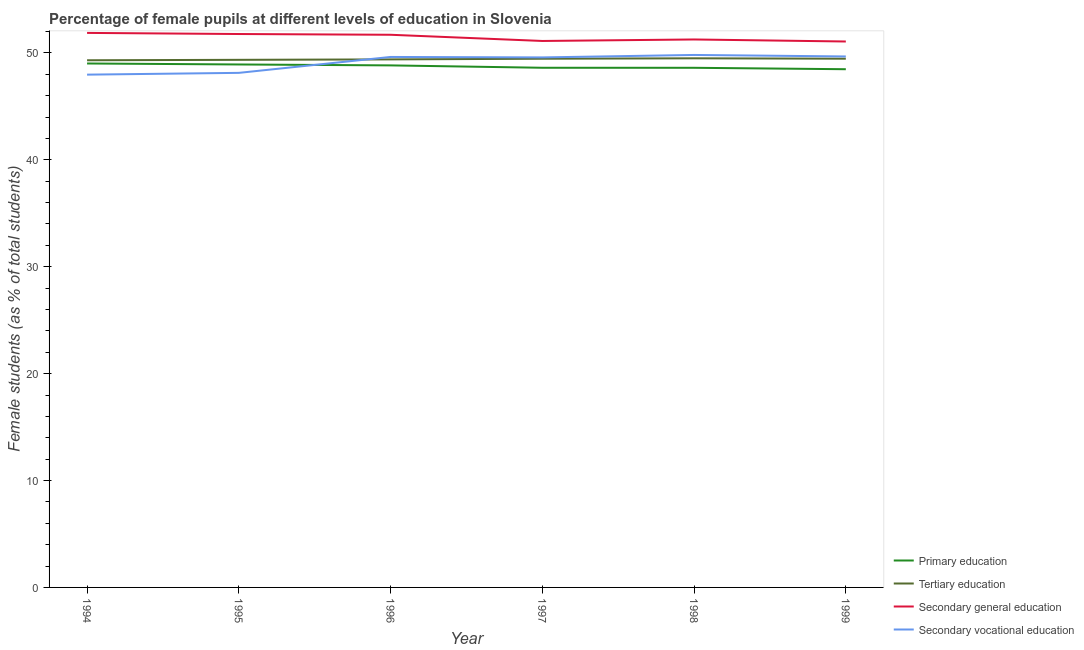
| Year | Primary education | Tertiary education | Secondary general education | Secondary vocational education |
 | --- | --- | --- | --- | --- |
 | 1994 | 49 | 49.3 | 51.9 | 48 |
 | 1995 | 48.9 | 49.4 | 51.8 | 48.1 |
 | 1996 | 48.8 | 49.4 | 51.7 | 49.6 |
 | 1997 | 48.6 | 49.5 | 51.1 | 49.6 |
 | 1998 | 48.6 | 49.5 | 51.3 | 49.8 |
 | 1999 | 48.5 | 49.5 | 51.1 | 49.7 |